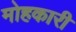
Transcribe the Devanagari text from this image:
मोहकारी